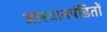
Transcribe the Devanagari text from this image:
आस्थानपंडितों